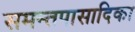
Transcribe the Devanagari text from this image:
समन्तपासादिका